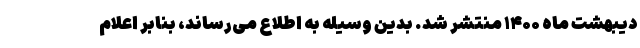
دیبهشت ماه ۱۴۰۰ منتشر شد. بدین وسیله به اطلاع می‌رساند، بنابر اعلام